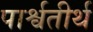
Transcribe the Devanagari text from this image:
पार्श्वतीर्थ